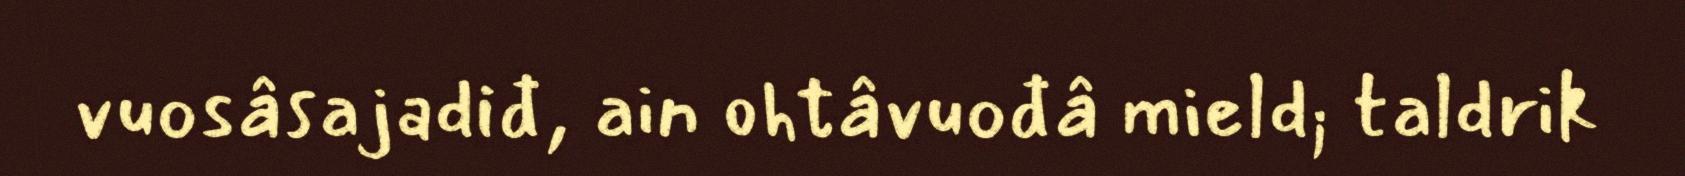
vuosâsajadiđ, ain ohtâvuođâ mield; taldrik